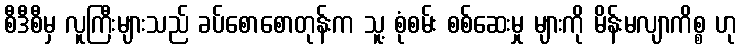
စီဒီစီမှ လူကြီးများသည် ခပ်စောစောတုန်းက သူ့ စုံစမ်း စစ်ဆေးမှု များကို မိန်းမလျာကိစ္စ ဟု